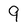
Character: 9